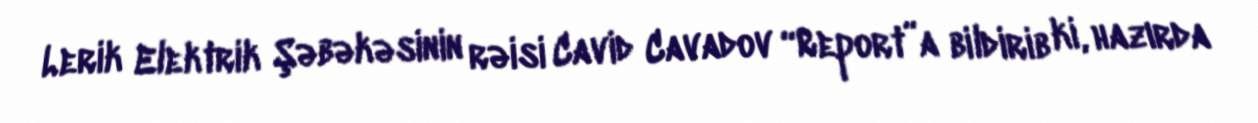
Lerik Elektrik Şəbəkəsinin rəisi Cavid Cavadov “Report”a bildirib ki, hazırda